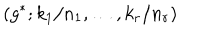
\left( g ^ { * } ; k _ { 1 } / n _ { 1 } , \ldots , k _ { r } / n _ { r } \right)